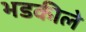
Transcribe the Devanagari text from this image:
भडकीले